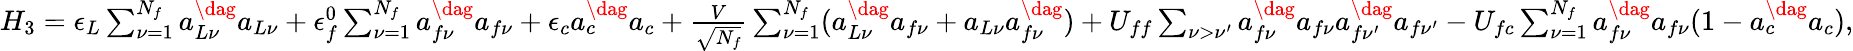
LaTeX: \begin{array}{r}{H_{3}=\epsilon_{L}\sum_{\nu=1}^{N_{f}}a_{L\nu}^{\dag}a_{L\nu}+\epsilon_{f}^{0}\sum_{\nu=1}^{N_{f}}a_{f\nu}^{\dag}a_{f\nu}+\epsilon_{c}a_{c}^{\dag}a_{c}+\frac{V}{\sqrt{N_{f}}}\sum_{\nu=1}^{N_{f}}(a_{L\nu}^{\dag}a_{f\nu}+a_{L\nu}a_{f\nu}^{\dag})+U_{ff}\sum_{\nu>\nu^{\prime}}a_{f\nu}^{\dag}a_{f\nu}a_{f\nu^{\prime}}^{\dag}a_{f\nu^{\prime}}-U_{fc}\sum_{\nu=1}^{N_{f}}a_{f\nu}^{\dag}a_{f\nu}(1-a_{c}^{\dag}a_{c}),}\end{array}